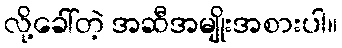
လို့ခေါ်တဲ့ အဆီအမျိုးအစားပါ။